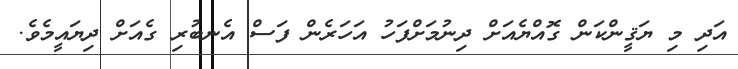
އަދި މި ޔަޤީންކަން ގޮއްޔެއަށް ދިނުމަށްފަހު އަހަރެން ފަސް އެނބުރި ގެއަށް ދިޔައީމެވެ.